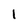
Character: I